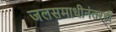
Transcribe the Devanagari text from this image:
जलसमाधीनंतरही